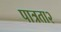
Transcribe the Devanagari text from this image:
पात्रता२